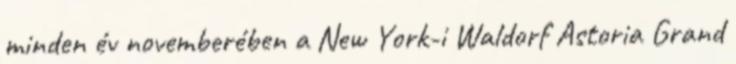
minden év novemberében a New York-i Waldorf Astoria Grand